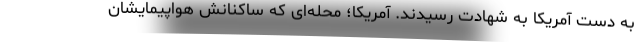
به دست آمریکا به شهادت رسیدند. آمریکا؛ محله‌ای که ساکنانش هواپیمایشان